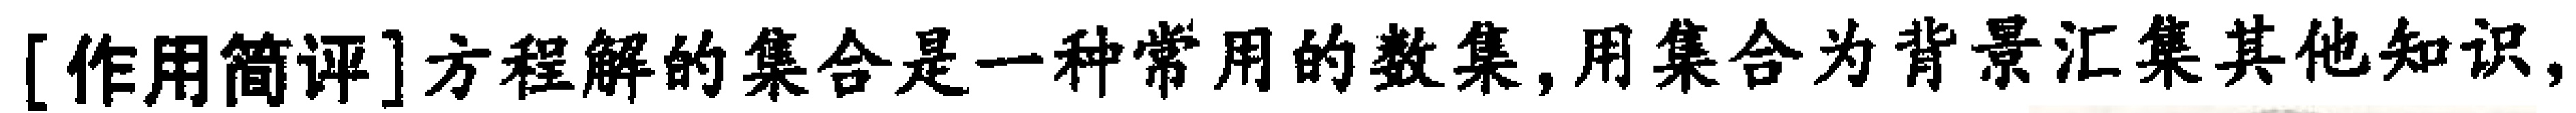
[作用简评]方程解的集合是一种常用的数集,用集合为背景汇集其他知识,